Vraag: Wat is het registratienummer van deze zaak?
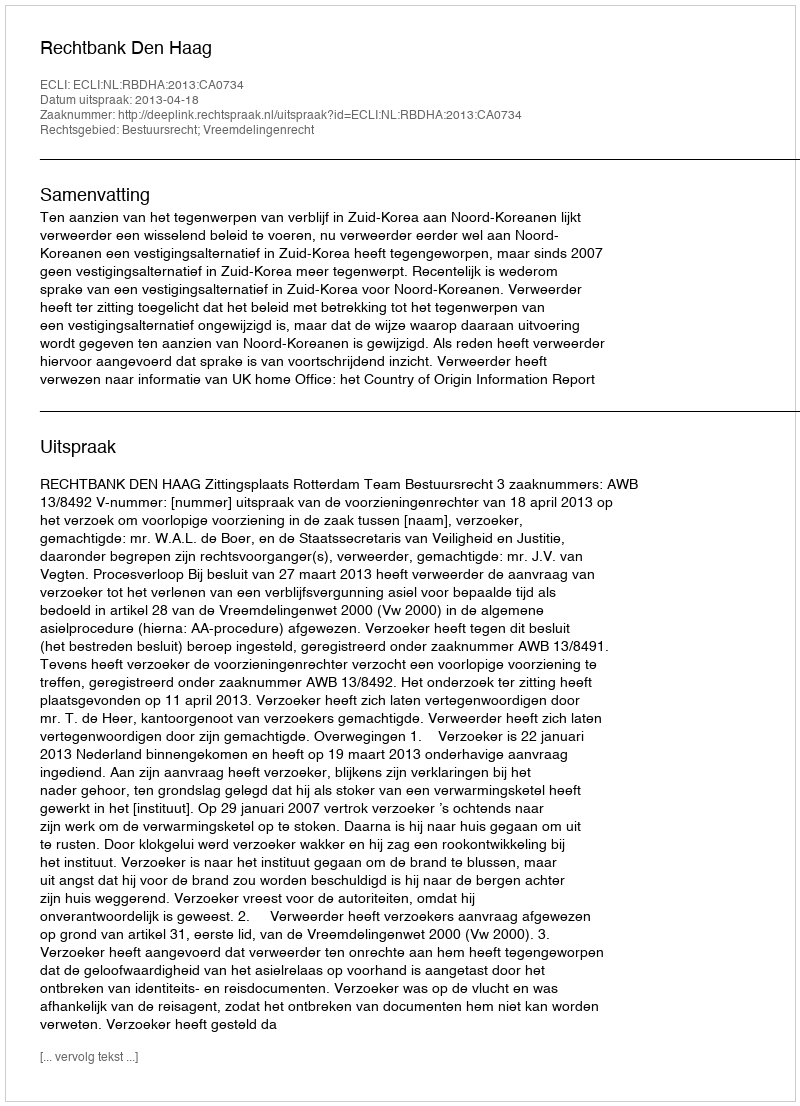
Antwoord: http://deeplink.rechtspraak.nl/uitspraak?id=ECLI:NL:RBDHA:2013:CA0734